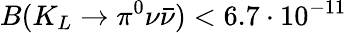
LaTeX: B(K_{L}\to\pi^{0}\nu\bar{\nu})<6.7\cdot 10^{-11}